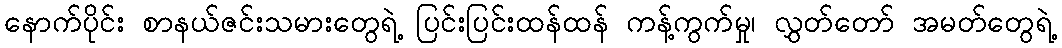
နောက်ပိုင်း စာနယ်ဇင်းသမားတွေရဲ့ ပြင်းပြင်းထန်ထန် ကန့်ကွက်မှု၊ လွှတ်တော် အမတ်တွေရဲ့